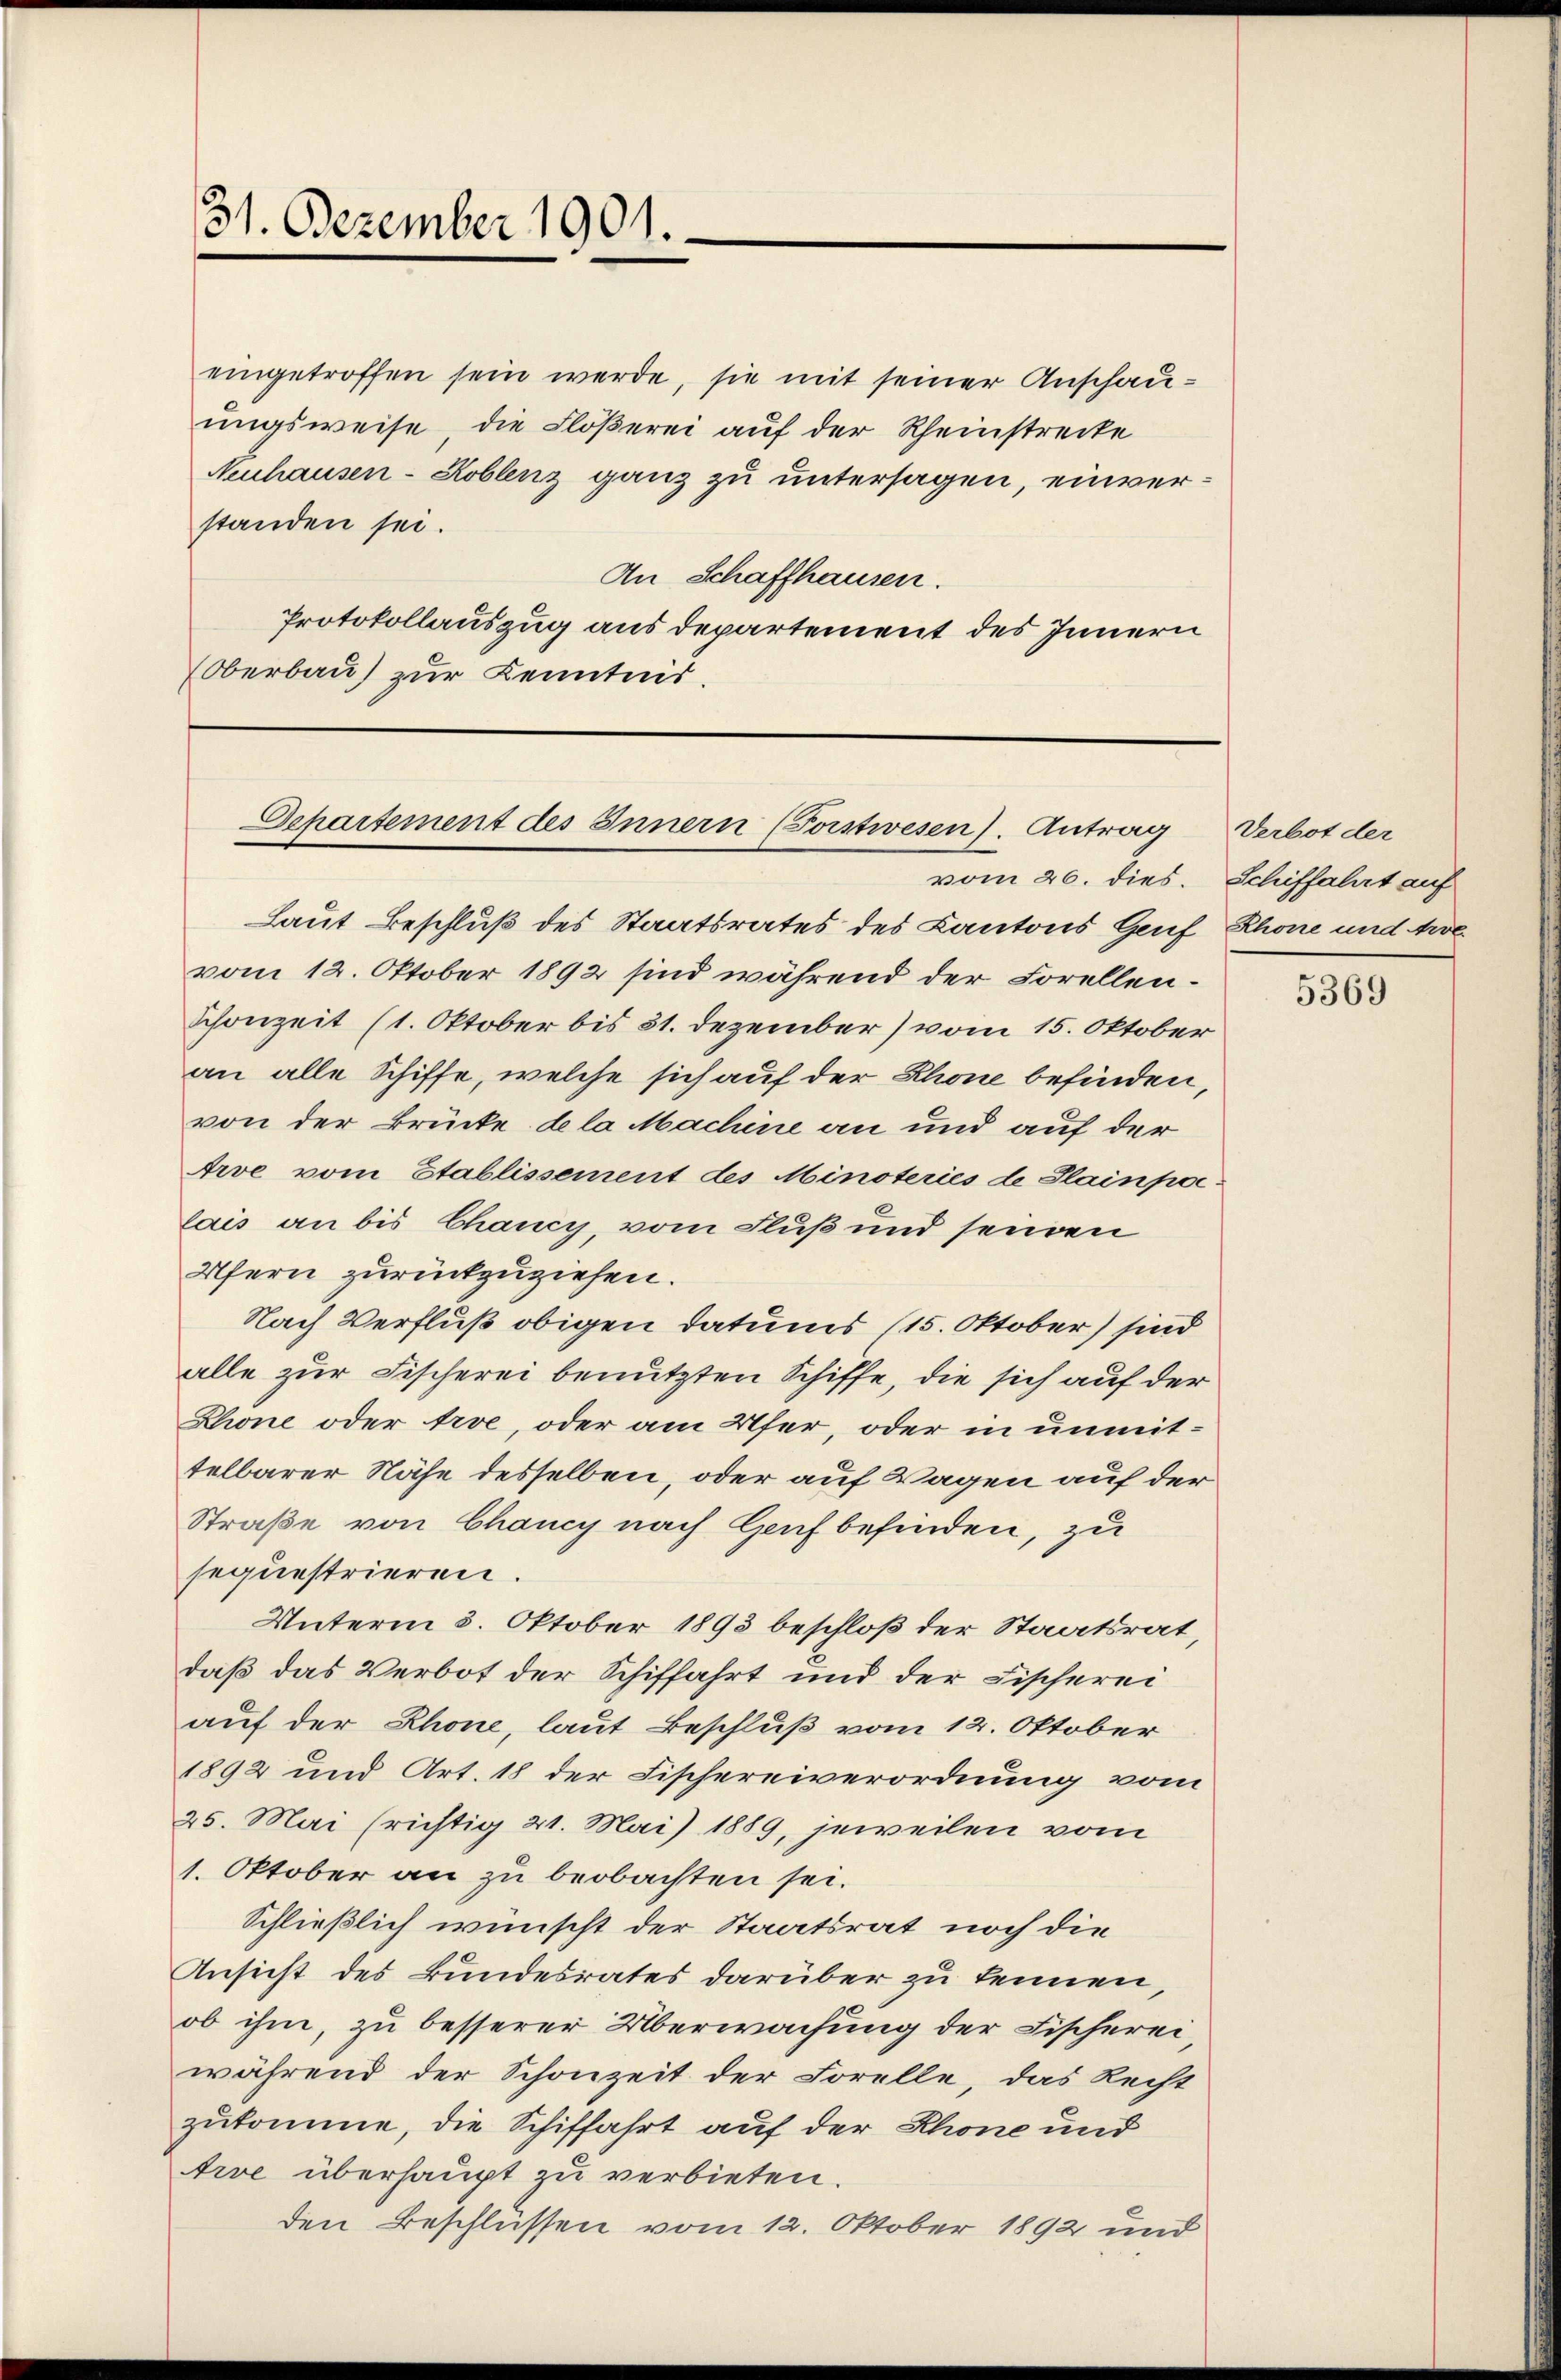
31. Dezember 1901.

eingetroffen sein werde, sie mit seiner Anschauungsweise, die Flößerei auf der Rheinstrecke
Neuhausen-Koblenz ganz zu untersagen, einverstanden sei.
An Schaffhausen.
Protokollauszug aus departement des Innern
Oberbau zur Kenntnis.

Departement des Innern (Forstwesen. Antrag

Laut Beschluß des Staatsrates des Kantons Genf
vom 12. Oktober 1892 sind während der Forellen¬
Schonzeit (1. Oktober bis 31. Dezember) vom 15. Oktober
an alle Schiffe, welche sich auf der Rhone befinden,
von der Brücke dela Machine an und auf der
Arve vom Etablissement des Minoteries de Plainpoe-
lais an bis Chancy, vom Fluß und seinen
Ufern zurückzuziehen.
Nach Verfluß obigen Datums (15. Oktober) sind
alle zur Fischerei benutzten Schiffe, die sich auf der
Rhone oder trve, oder am Ufer, oder in unmittelbarer Nähe desselben, oder auf Wagen auf der
Straße von Chancy nach Genf befinden, zu
sequestrieren.
Unterm 3. Oktober 1893 beschloß der Staatsrat,
daß das Verbot der Schiffahrt und der Fischerei
auf der Rhone, laut Beschluß vom 12. Oktober
1892 und Art. 18 der Fischereiverordnung vom
25. Mai (richtig 21. Mai 1889, jeweilen vom
1. Oktober an zu beobachten sei.
Schließlich wünscht der Staatsrat noch die
Ansicht des Bundesrates darüber zu kennen,
ob ihm, zu besserer Überwachung der Fischerei
während der Schonzeit der Forelle, das Recht
zukomme, die Schiffahrt auf der Rhone und
tive überhaupt zu verbieten.
den Beschlüssen vom 12. Oktober 1892 und

vom 26. dies. Schiffahrt auf

Verbot der
Rhone und Arve

5369